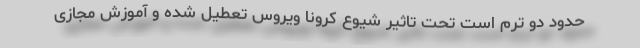
حدود دو ترم است تحت تاثیر شیوع کرونا ویروس تعطیل شده و آموزش مجازی